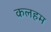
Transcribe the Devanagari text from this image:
कलहम